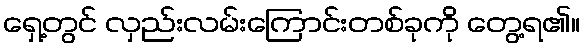
ရှေ့တွင် လှည်းလမ်းကြောင်းတစ်ခုကို တွေ့ရ၏။